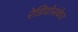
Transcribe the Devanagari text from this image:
रेडियोसंकेत